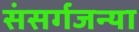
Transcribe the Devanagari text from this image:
संसर्गजन्या